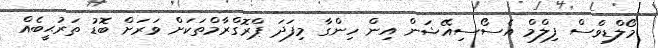
މޯލްޑިވްސް ފިލްމް އެސޯސިއޭޝަން އިން ހިންގާ މިފަދަ ޕްރޮގްރާމްތަކަށް ވަރަށް ބޮޑު ތަރުޙީބެއް